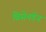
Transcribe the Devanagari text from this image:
ब्रिसेनडेन